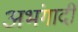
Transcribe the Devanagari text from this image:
अभंगादी